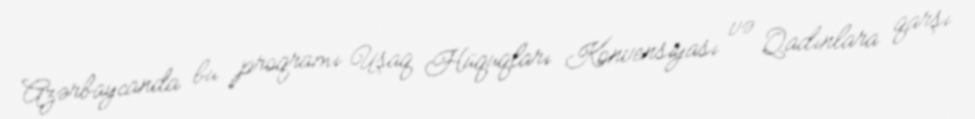
Azərbaycanda bu proqramı Uşaq Hüquqları Konvensiyası və Qadınlara qarşı